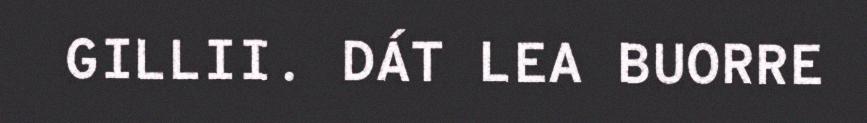
GILLII. DÁT LEA BUORRE